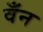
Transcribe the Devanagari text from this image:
वँन